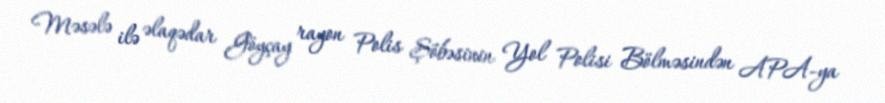
Məsələ ilə əlaqədar Göyçay rayon Polis Şöbəsinin Yol Polisi Bölməsindən APA-ya